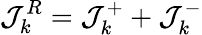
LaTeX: \mathcal{J}_{k}^{R}=\mathcal{J}_{k}^{+}+\mathcal{J}_{k}^{-}